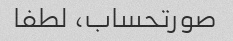
صورتحساب، لطفا